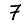
Digit: 7